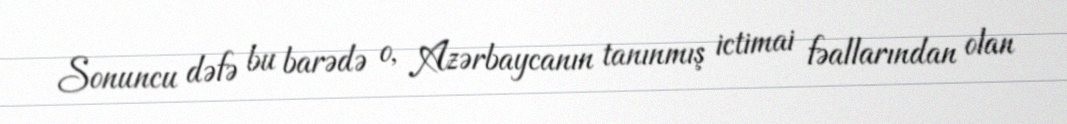
Sonuncu dəfə bu barədə o, Azərbaycanın tanınmış ictimai fəallarından olan